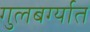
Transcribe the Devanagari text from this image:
गुलबर्ग्यात